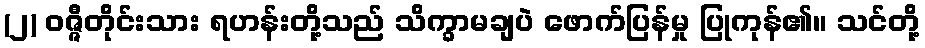
(၂) ဝဇ္ဇီတိုင်းသား ရဟန်းတို့သည် သိက္ခာမချပဲ ဖောက်ပြန်မှု ပြုကုန်၏။ သင်တို့